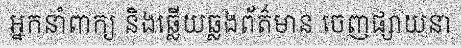
អ្នកនាំពាក្យ និងឆ្លើយឆ្លងព័ត៌មាន ចេញផ្សាយនា